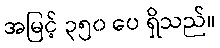
အမြင့် ၃၅၀ ပေ ရှိသည်။